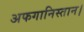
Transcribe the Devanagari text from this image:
अफगानिस्तान।